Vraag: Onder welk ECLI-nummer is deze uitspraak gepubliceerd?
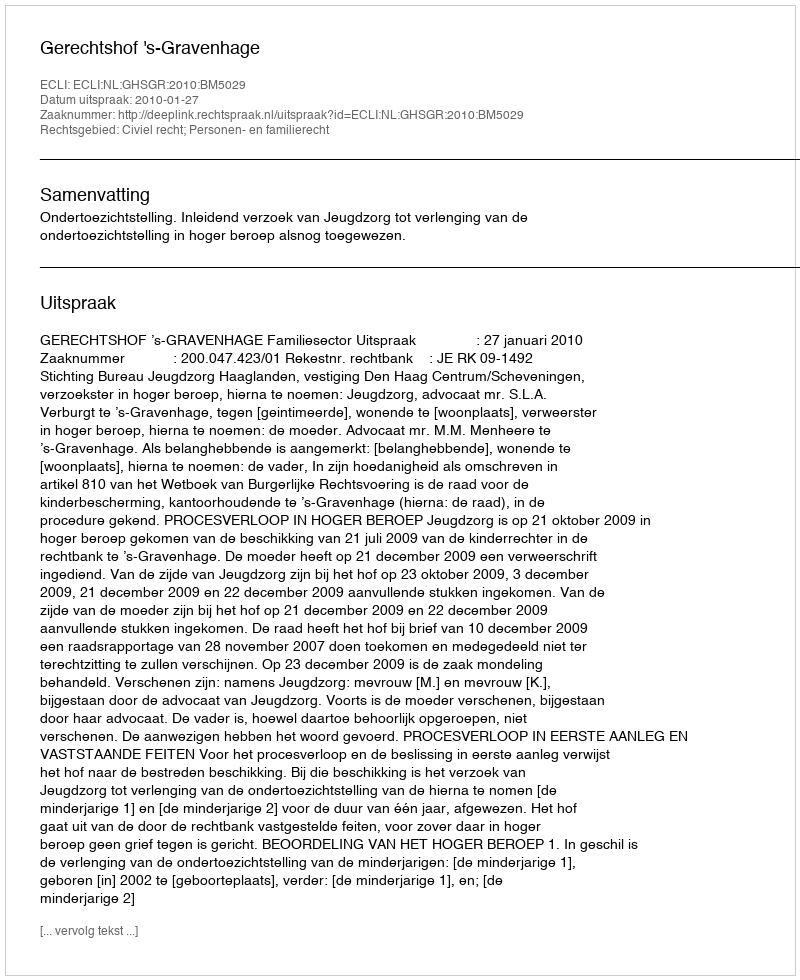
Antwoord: ECLI:NL:GHSGR:2010:BM5029